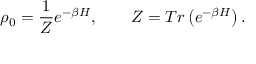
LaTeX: \rho _ { 0 } = \frac { 1 } { Z } e ^ { - \beta H } , \qquad Z = T r \left( e ^ { - \beta H } \right) .